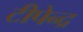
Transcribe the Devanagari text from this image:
टीपेन्द्र